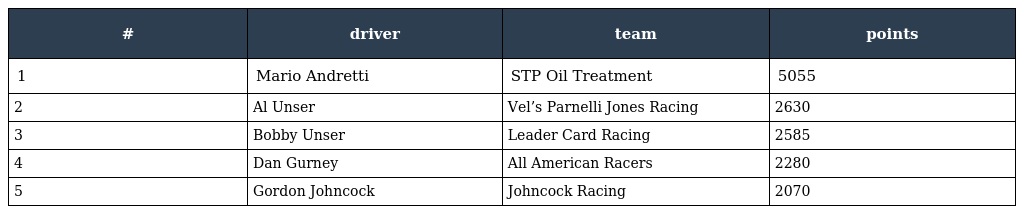
| # | driver | team | points |
 | --- | --- | --- | --- |
 | 1 | Mario Andretti | STP Oil Treatment | 5055 |
 | 2 | Al Unser | Vel’s Parnelli Jones Racing | 2630 |
 | 3 | Bobby Unser | Leader Card Racing | 2585 |
 | 4 | Dan Gurney | All American Racers | 2280 |
 | 5 | Gordon Johncock | Johncock Racing | 2070 |